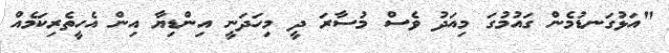
"އަޅުގަނޑުމެން ގައުމުގަ މިއަދު ވެސް މުސާރަ ދީ މިހަދަނީ އިންޑިޔާ އިން އެހީތެރިކަމެއް